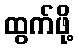
ထွက်ဖို့